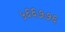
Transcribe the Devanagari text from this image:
५६६७७६